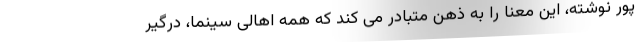
پور نوشته، این معنا را به ذهن متبادر می کند که همه اهالی سینما، درگیر